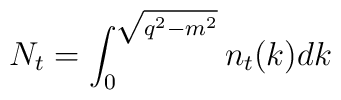
N_t=\int_0^{\sqrt{q^2-m^2}}n_t(k) dk